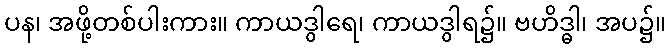
ပန၊ အဖို့တစ်ပါးကား။ ကာယဒွါရေ၊ ကာယဒွါရ၌။ ဗဟိဒ္ဓါ၊ အပ၌။